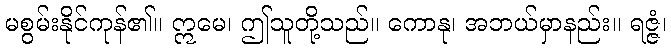
မစွမ်းနိုင်ကုန်၏။ ဣမေ၊ ဤသူတို့သည်။ ကောနု၊ အဘယ်မှာနည်း။ ရဇ္ဇံ၊